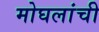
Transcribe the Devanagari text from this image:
मोघलांची